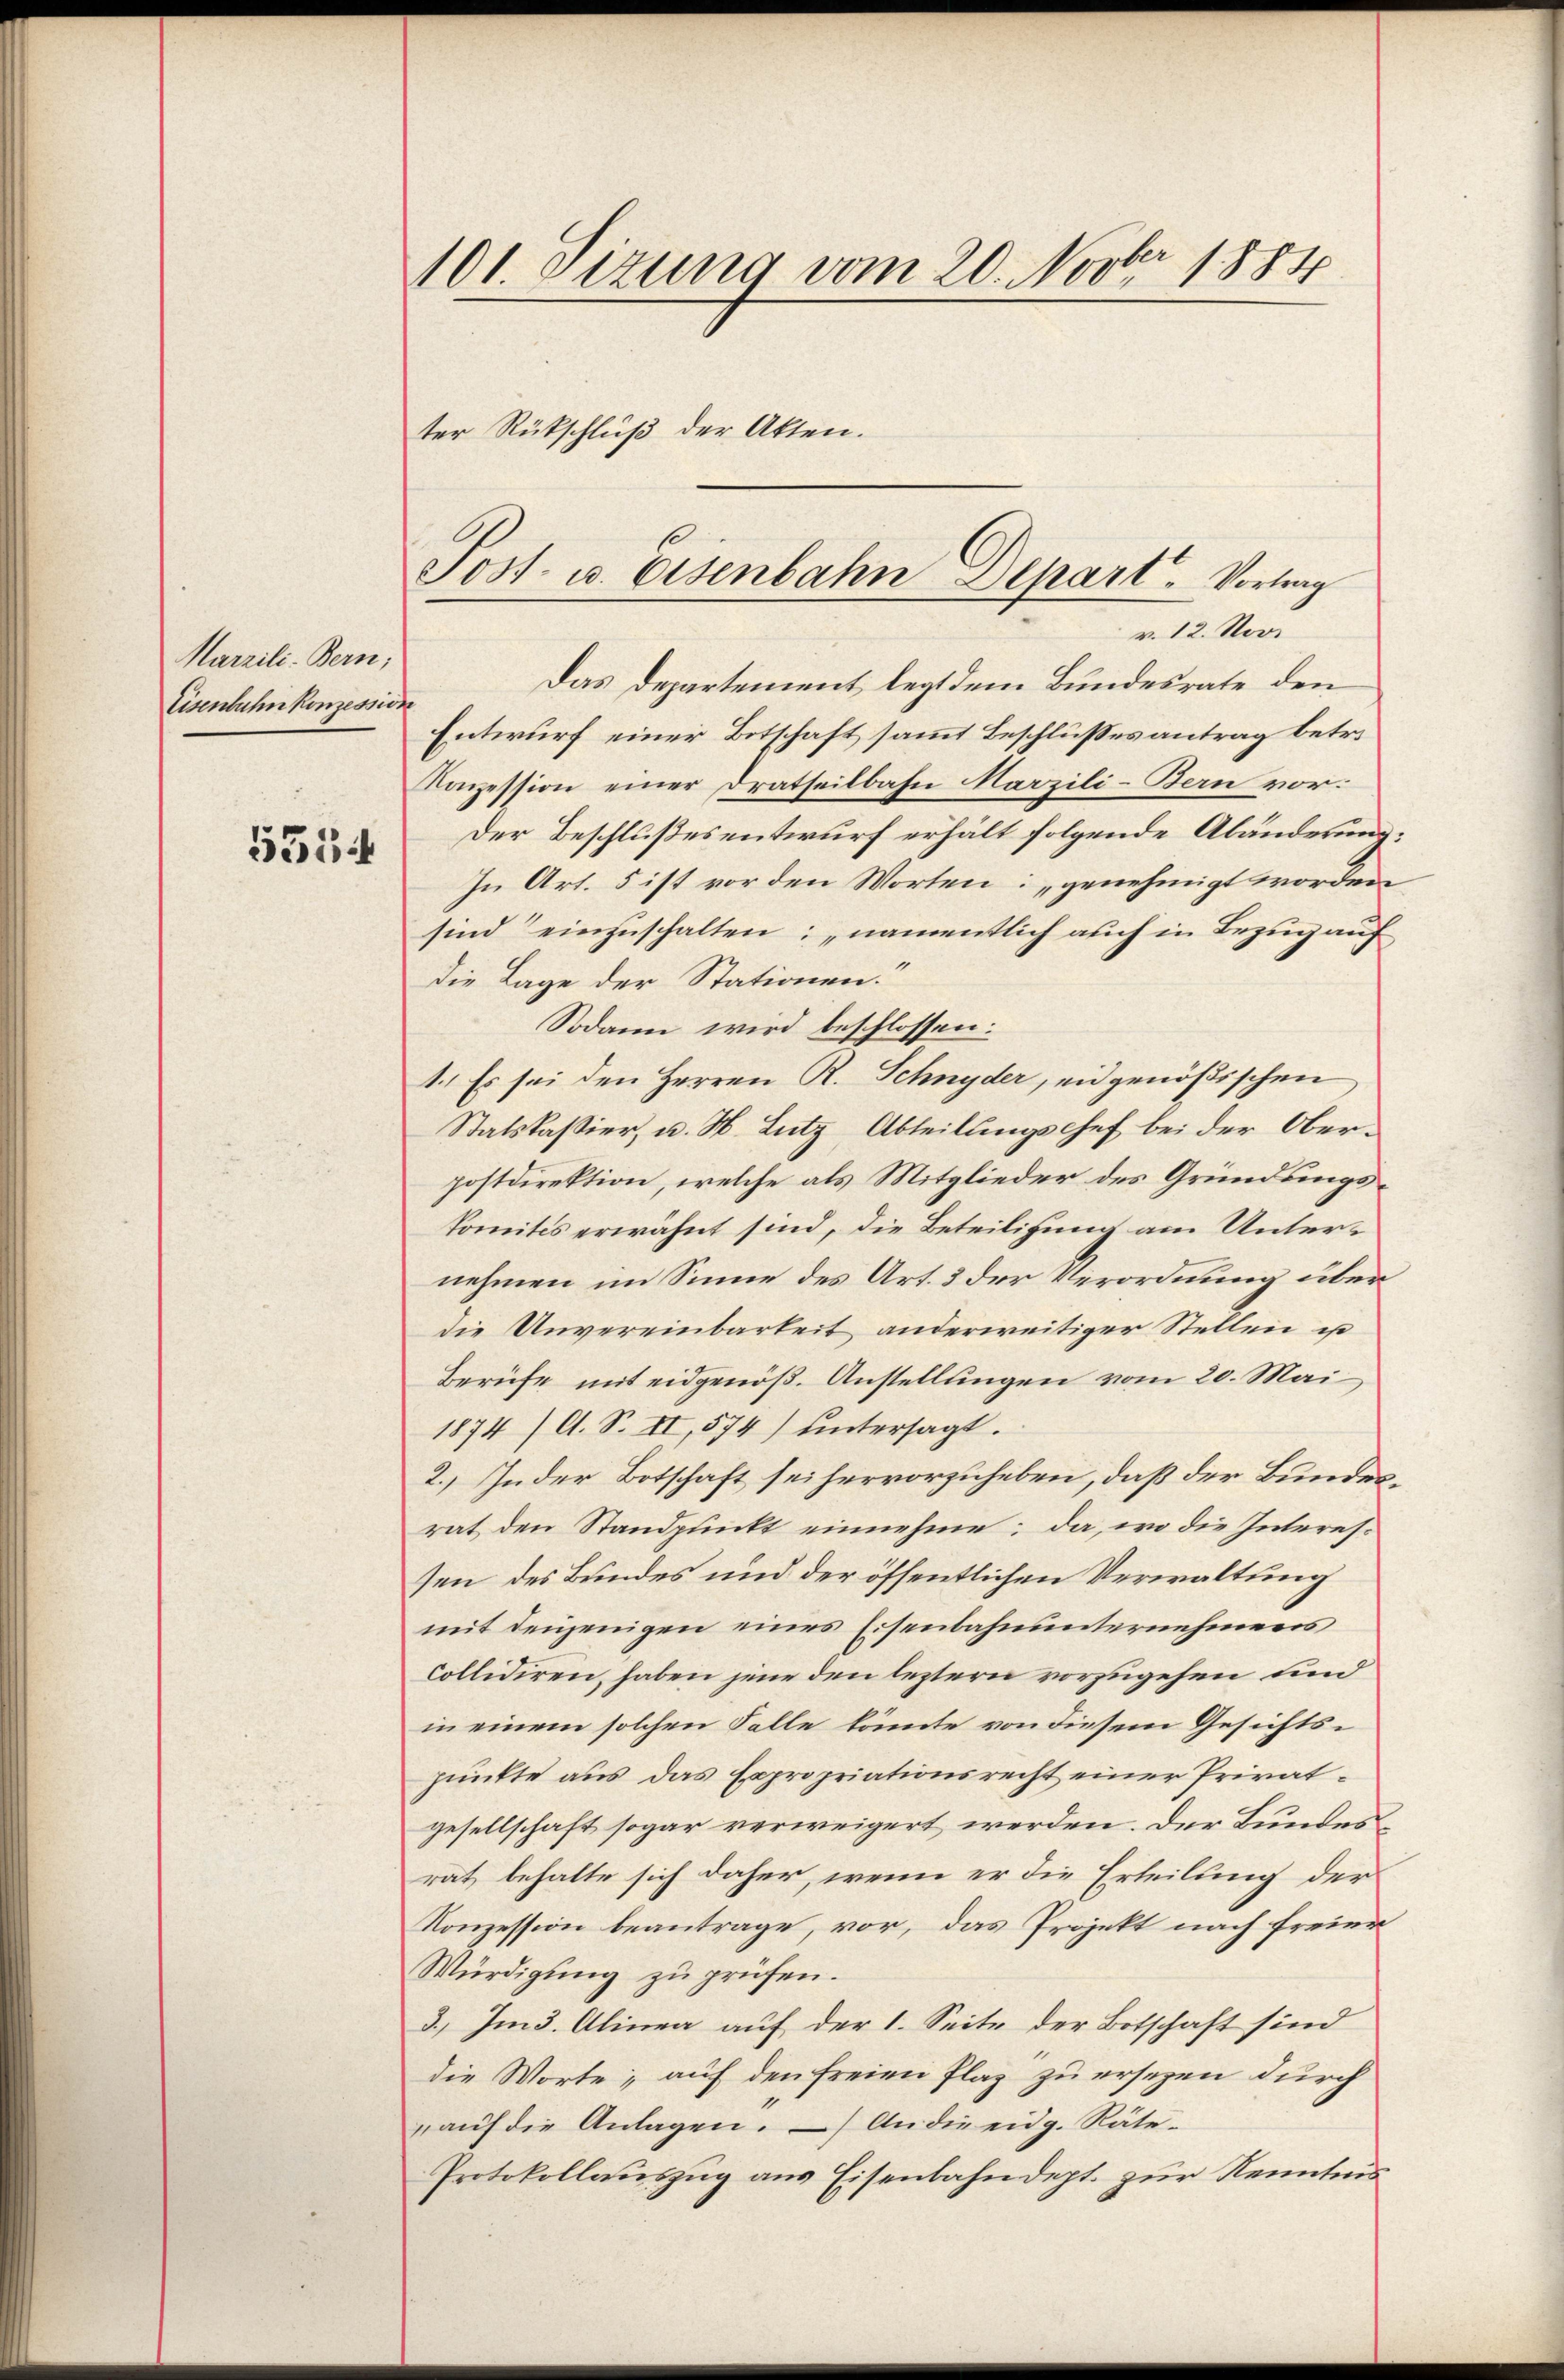
Marzili- Bern;
Eisenbahn konzession
5354

101 Sizung vom 20. Novbr. 1884
ter Rückschluß der Akten.

Sost- u. Eisenbahn Depart. Vortrag
v. 12. Nov.

Das Departement legt dem Bundesrate den
Entwurf einer Botschaft sammt Beschlusses antrag betri
Konzession einer Dratheilbahn Marzili-Bern vor:
Der Beschlußesentwurf erhält folgende Abänderung:
In Art. 5 ist vor den Worten: „genehmigt worden
sind einzuschalten; namentlich auch in Bezug auf
die Lage der Stationen.“
Sodann wird beschlossen:
1.) Es sei den Herren R. Schnyder, eidgenößischen
Statskassier, u. H. Lutz, Abteilungschef bei der Oberpostdirektion, welche als Mitglieder des Gründungskomités erwähnt sind, die Beteiligung am Unternehmen im Sinne des Art. 3 der Verordnung überdie Unvereinbarkeit anderweitiger Stellen u
Berufe mit eidgenöß. Anstellungen vom 20. Mai
1874 /A. S. II, 574) untersagt.
2.) In der Botschaft sei hervorzuheben, daß der Bundesrat den Standpunkt einnehme; da, wo die Interessen des Bundes und der öffentlichen Verwaltung
mit denjenigen eines Eisenbahnunternehmens
collidiren, haben jene den leztern vorzugehen und
in einem solchen Falle könnte von diesem Gesichtspunkte aus das Expropriationsrecht einer Privatgesellschaft sogar verweigert werden. Der Bundesrat, behalte sich daher, wenn er die Erteilung der
Konzession beantrage, vor, das Projekt nach freier
Würdigung zu prüfen.
3.) Im 3. Alinea auf der 1. Seite der Botschaft sind
die Worte; auf den freien Plaz zu ersezen durch
aŭf die Anlagen. An die eidg. Räte-
Protokollauszug aus Eisenbahndept. zur Kenntnis